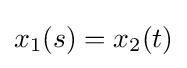
x_{1}(s)=x_{2}(t)